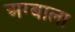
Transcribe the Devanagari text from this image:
अग्बाला